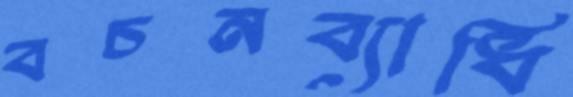
বচনব্যাধি